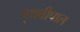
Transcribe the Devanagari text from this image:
पृथवीपाल